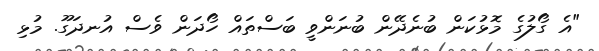
"އެ ގޯލުގެ މޮޅުކަން ބުނެދޭން ބުނަންވީ ބަސްތައް ހޯދަން ވެސް އުނދަގޫ. މުޅި